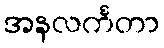
အနလင်္ကတာ